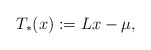
\begin{align*} T_*(x) := L x - \mu, \end{align*}